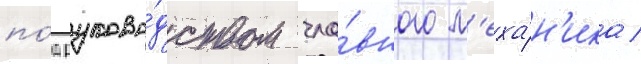
по́д руково́дством гла́вного м'еха́н'ика